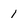
Character: 1